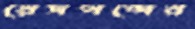
রেসপন্সের